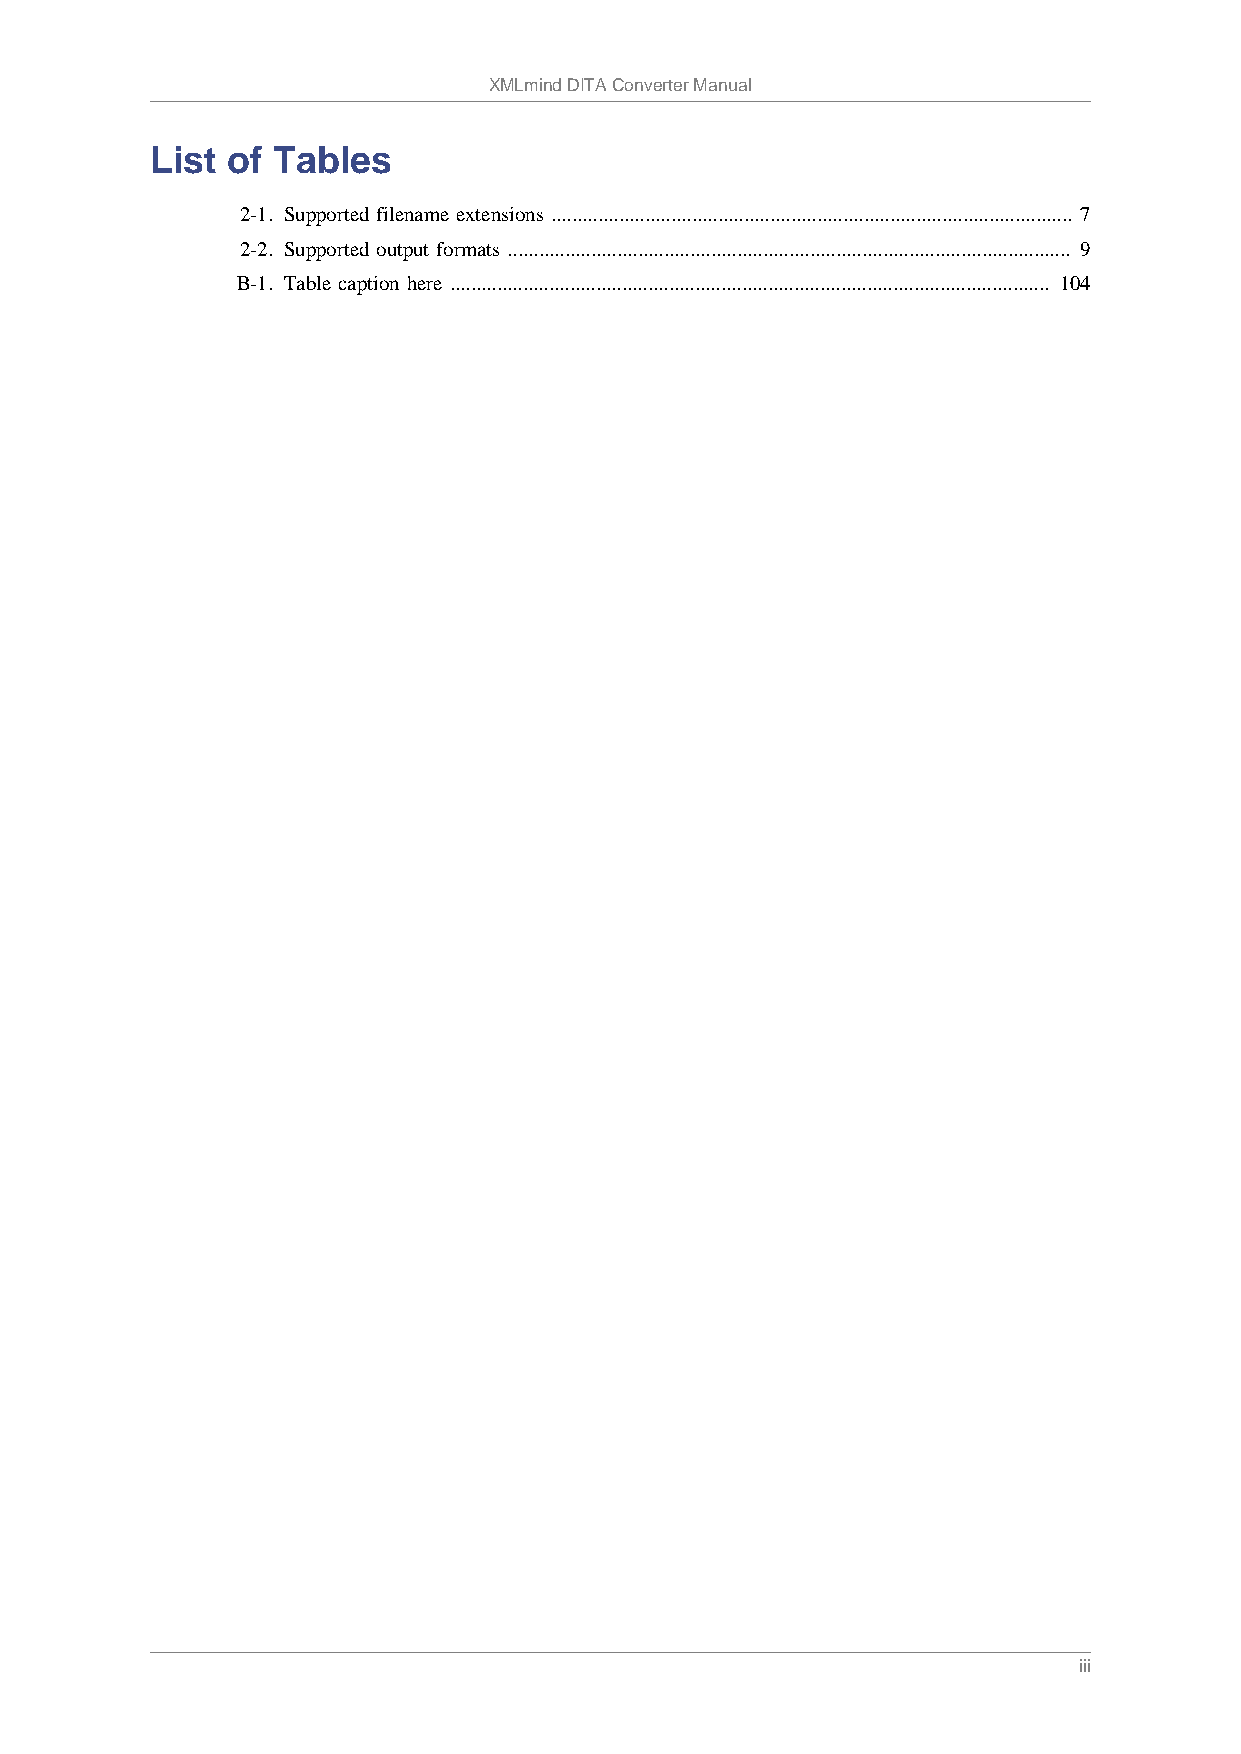
XMLmind DITA Converter Manual
 List of Tables
 2-1. Supported filename extensions .................................................................................................... 7
 2-2. Supported output formats ............................................................................................................ 9
 B-1. Table caption here ................................................................................................................... 104
 iii